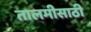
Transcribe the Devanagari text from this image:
तालमीसाठी